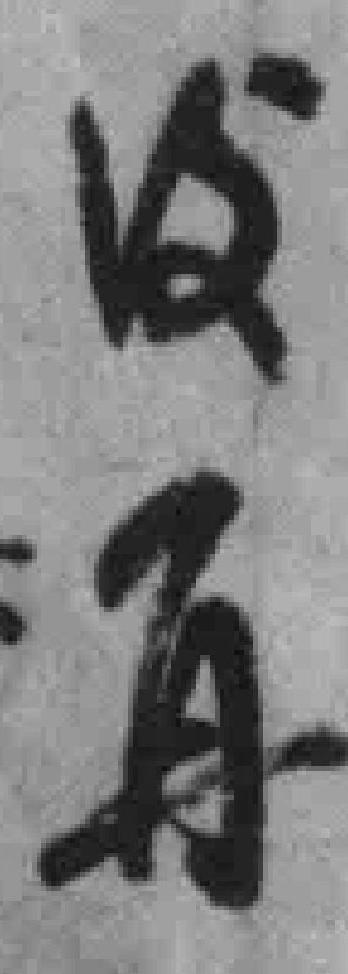
後再